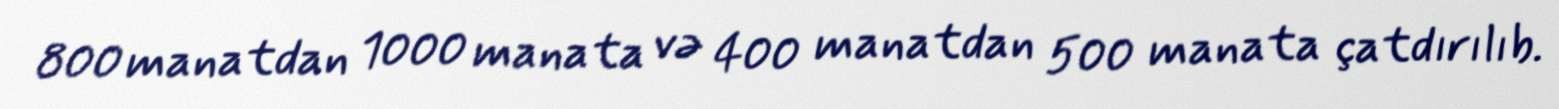
800 manatdan 1000 manata və 400 manatdan 500 manata çatdırılıb.